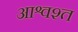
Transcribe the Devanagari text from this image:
आश्वश्त